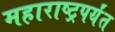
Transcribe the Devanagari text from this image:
महाराष्ट्रपर्यंत